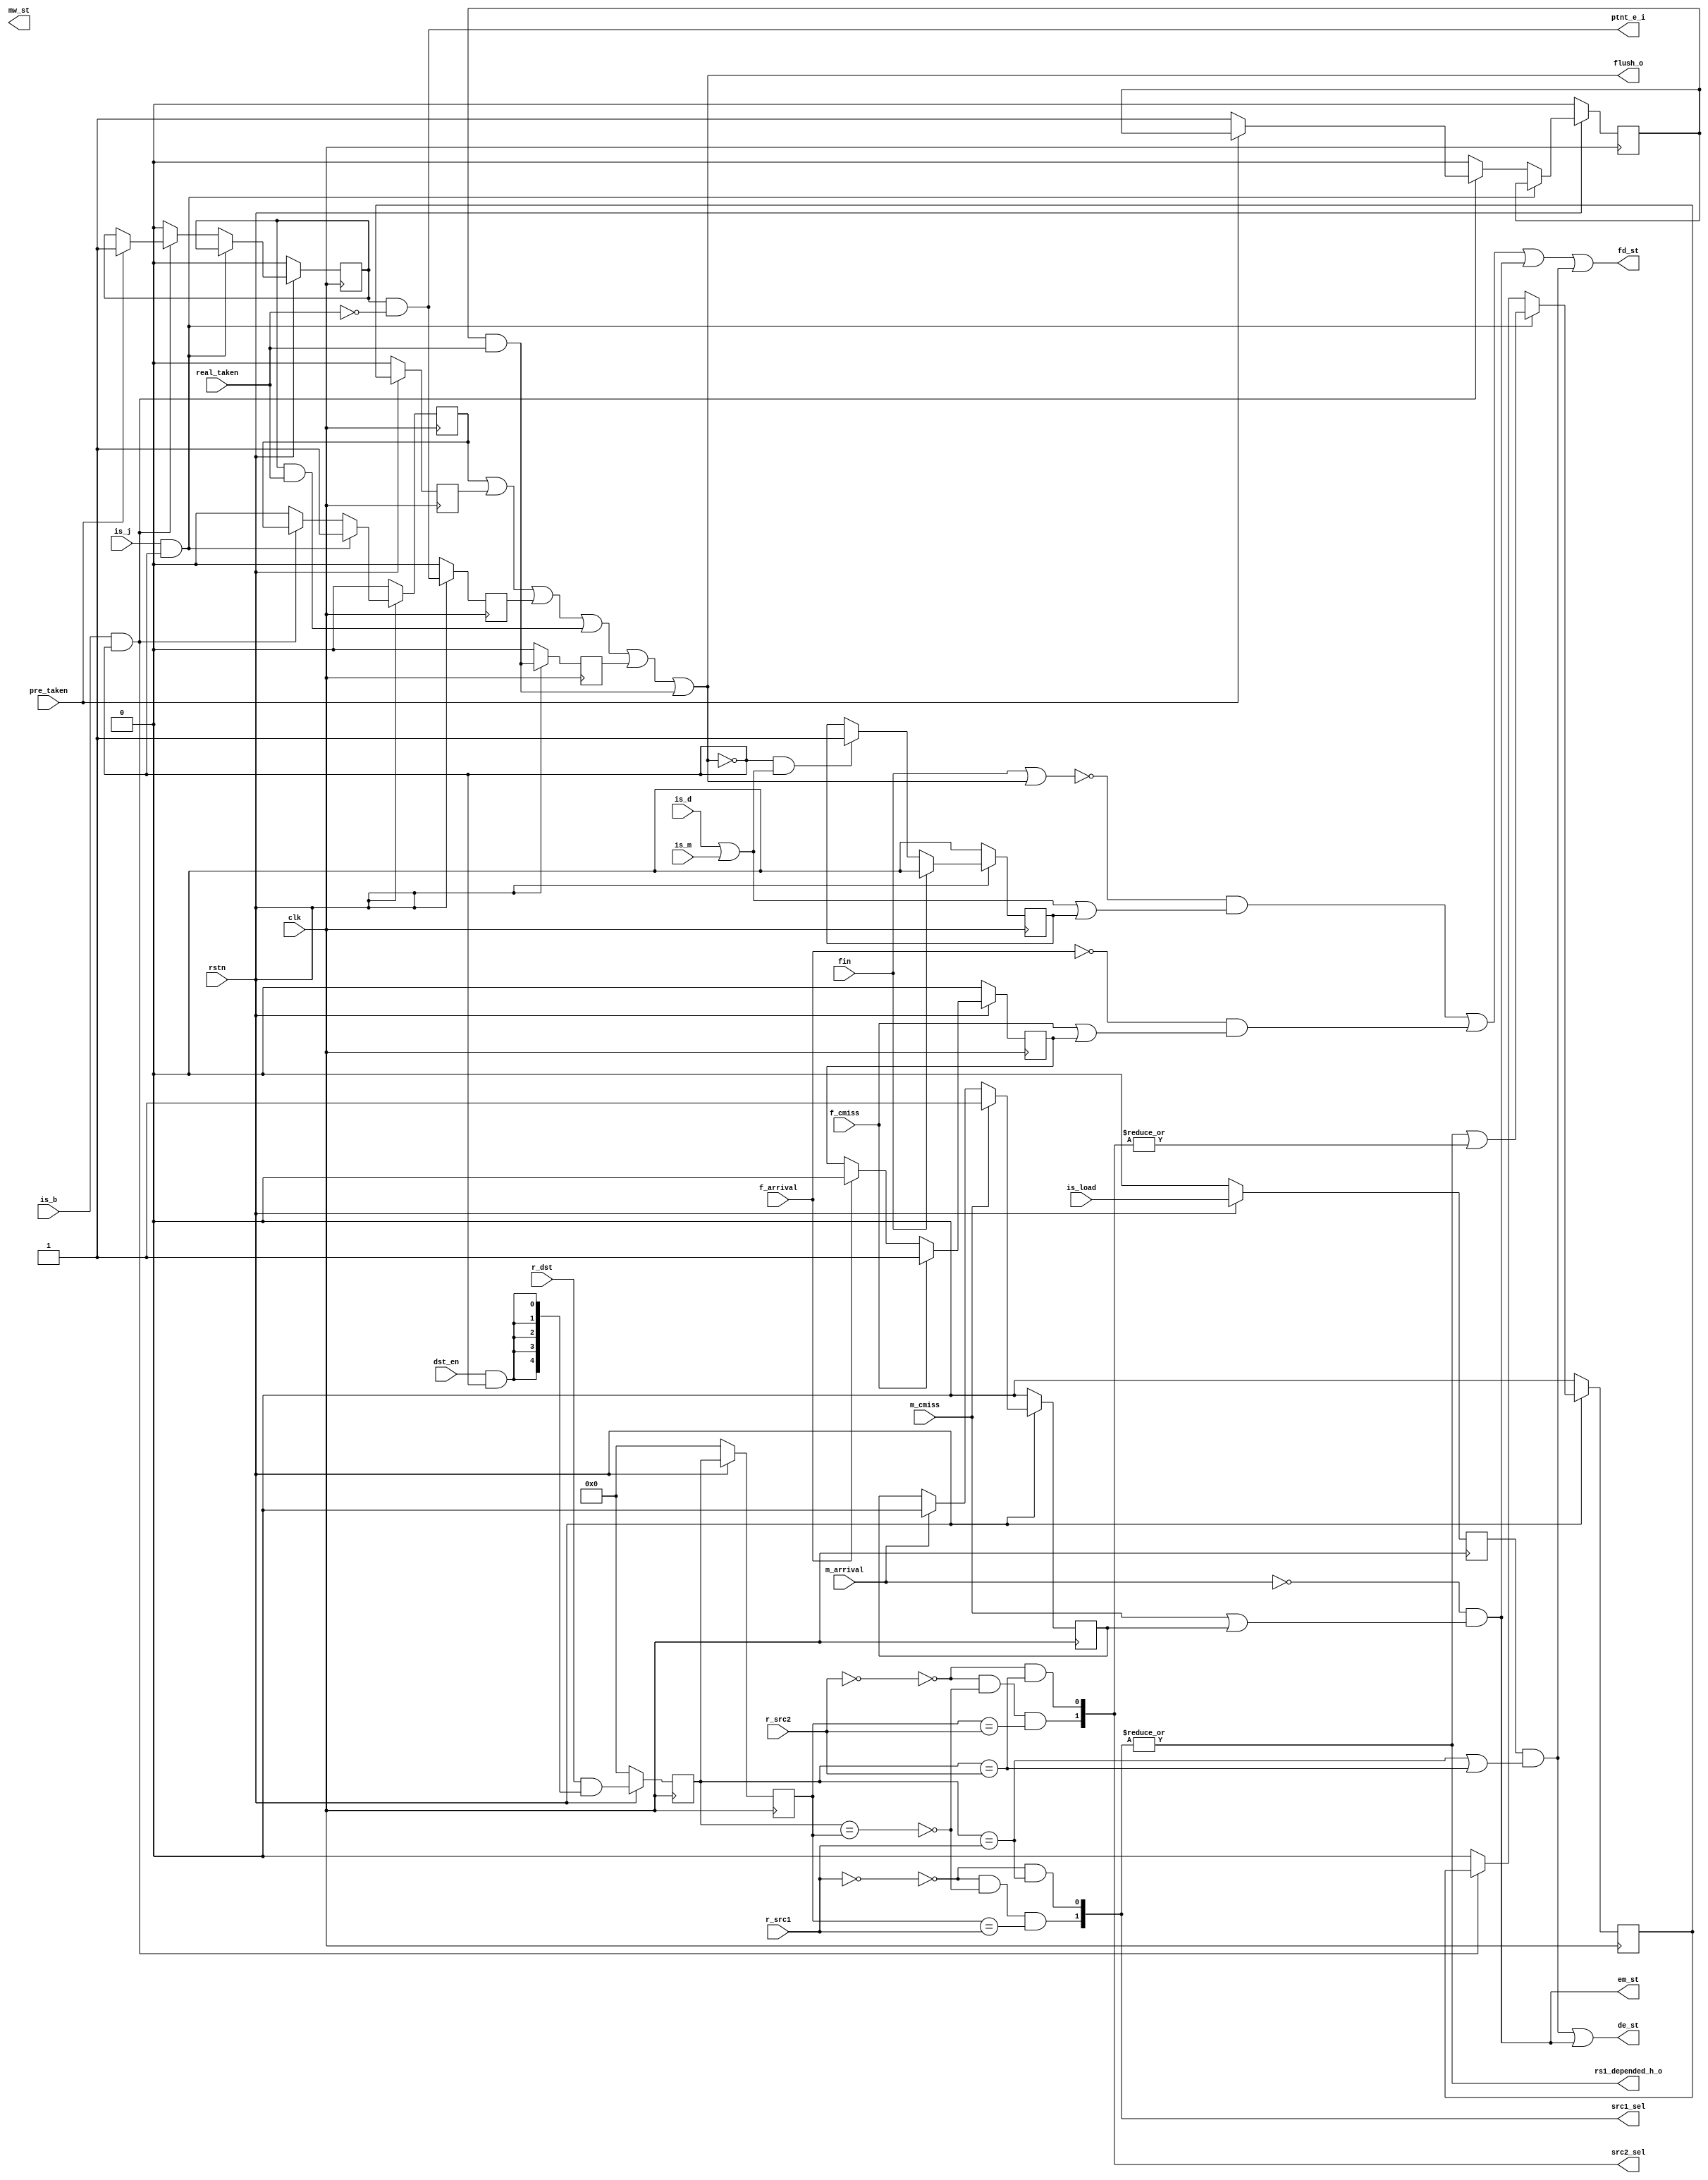
`ifndef __HAZARD__
`define __HAZARD__
module hazard(
is_b,is_j,is_load,is_m,is_d,dst_en,
fin,
pre_taken,real_taken,
r_dst,r_src1,r_src2,
src1_sel,src2_sel,
f_cmiss,m_cmiss,
f_arrival,m_arrival,
fd_st,de_st,em_st,mw_st,
flush_o,
rs1_depended_h_o,ptnt_e_i,
rstn,clk);

input is_b,is_j,is_load,dst_en,is_m,is_d;
input fin;
input pre_taken,real_taken;
input [4:0] r_dst,r_src1,r_src2;
input f_cmiss,m_cmiss;
input f_arrival,m_arrival;
input rstn,clk;


output[1:0] src1_sel,src2_sel;
output fd_st,de_st,em_st,mw_st;
output flush_o;
output rs1_depended_h_o;
output ptnt_e_i;


reg[4:0] dst_1,dst_2;
reg ld_dst1,ld_dst2;
wire Icmiss_st,Dcmiss_st,Linst_st,Ldhaz_st;
reg Icmiss_st_keep,Dcmiss_st_keep,Linst_st_keep;


reg jd1,jd2,jd_b1,jd_b2,jd_b3;//when jump instruction is decode, the state machine of flush control.
reg bpt,bptrt,bptnt,bptnt1;
reg bnt,bnt1,bnt2;

wire flush;
always@(posedge clk)//bypass
begin

  if(~rstn)
  begin 
    dst_1<=5'b0;
    dst_2<=5'b0;
    ld_dst1<=1'b0;
    ld_dst2<=1'b0;
  end
  else
  begin
    dst_1<=r_dst&{5{dst_en&~(flush)}};
    dst_2<=dst_1;
    ld_dst1<=is_load;
    ld_dst2<=ld_dst1;
  end  

end

assign src1_sel[0]=(~(r_src1==0))&(dst_1==r_src1);
assign src1_sel[1]=(~(r_src1==0))&(~(dst_1==dst_2))&(dst_2==r_src1);
assign src2_sel[0]=(~(r_src2==0))&(dst_1==r_src2);
assign src2_sel[1]=(~(r_src2==0))&(~(dst_1==dst_2))&(dst_2==r_src2);

//stall

assign Ldhaz_st= ld_dst1&((dst_1==r_src1)|(dst_1==r_src2));
assign Icmiss_st=~f_arrival&(f_cmiss|Icmiss_st_keep);
assign Dcmiss_st=~m_arrival&(m_cmiss|Dcmiss_st_keep);
assign Linst_st=~(fin|flush)&(is_d|is_m|Linst_st_keep);

always@(posedge clk)
begin
  if(~rstn)
  begin
    Icmiss_st_keep<=1'b0;
    Dcmiss_st_keep<=1'b0;
    Linst_st_keep<=1'b0;

  end
  else
  begin
  
  
    if(fin)
    begin
      Linst_st_keep<=1'b0;
    end
    else if((~flush)&(is_d|is_m))
    begin
      Linst_st_keep<=1'b1;
    end
    
    
    if(f_cmiss)
    begin
      Icmiss_st_keep<=1'b1;
    end
    else if(f_arrival)
    begin
      Icmiss_st_keep<=1'b0;
    end
    
    
    if(m_cmiss)
    begin
      Dcmiss_st_keep<=1'b1;
    end
    else if(m_arrival)
    begin
      Dcmiss_st_keep<=1'b0;
    end
  end 
end



assign fd_st=Linst_st|Icmiss_st|Dcmiss_st|Ldhaz_st;
assign de_st=Ldhaz_st|Dcmiss_st;
assign em_st=Dcmiss_st;



//flush
always@(posedge clk)
begin
  if(~rstn)
  begin
    jd1<=1'b0;
    jd2<=1'b0;
    jd_b1<=1'b0;
    jd_b2<=1'b0;
    jd_b3<=1'b0;
    bpt<=1'b0;
    bptrt<=1'b0;
    bptnt<=1'b0;
    bptnt1<=1'b0;
    bnt<=1'b0;
    bnt1<=1'b0;
    bnt2<=1'b0;
  end
  else
  begin
    if(is_j&(~flush))// if jump-1 is also a jump, ingore latter one
    begin
      jd1<=1'b1;
      jd_b1<=(|src1_sel[1:0])|(|src2_sel[1:0]);
    end
    else if(is_b&(~flush))
    begin
      if(pre_taken)
      begin
        bpt<=1'b1;
      end
      else
        bnt<=1'b1;
      begin
      end
    end
    else
    begin
      jd1<=1'b0;
      bpt<=1'b0;
      bnt<=1'b0;
      jd_b1<=1'b0;
    end
  
    jd2<=jd1;
    jd_b2<=jd_b1;
    jd_b3<=jd_b2;

    
    
    bptrt<=bpt&real_taken;
    bptnt<=bpt&~real_taken;
    bptnt1<=bptnt;

    

    bnt1<=bnt&real_taken;
    bnt2<=bnt1;

    
    
    
    end
  
  
end



assign flush=jd1|jd_b2|bptnt|(bpt&real_taken)|bnt1|(bnt&real_taken);
assign flush_o=flush;
assign rs1_depended_h_o=|src1_sel;
assign ptnt_e_i=bpt&~real_taken;

endmodule
`endif